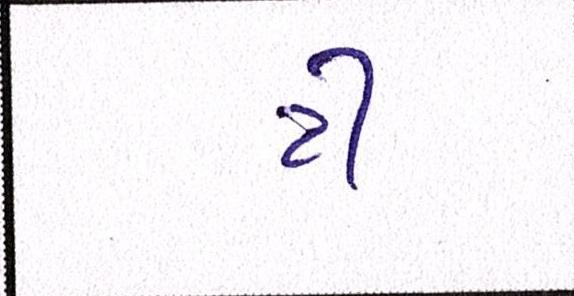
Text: ટી